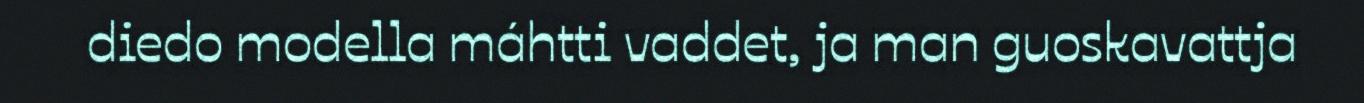
diedo modella máhtti vaddet, ja man guoskavattja